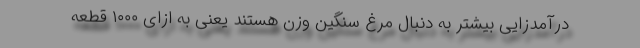
درآمدزایی بیشتر به دنبال مرغ سنگین وزن هستند یعنی به ازای ۱۰۰۰ قطعه